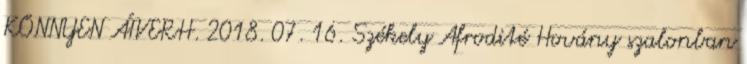
KÖNNYEN ÁTVERH. 2018. 07. 16. Székely Afrodité Hovány szalonban